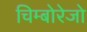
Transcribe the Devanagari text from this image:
चिम्बोरेजो